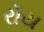
રૉય